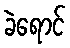
ခဲရောင်